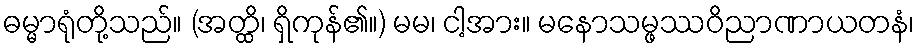
ဓမ္မာရုံတို့သည်။ (အတ္ထိ၊ ရှိကုန်၏။) မမ၊ ငါ့အား။ မနောသမ္ဖဿဝိညာဏာယတနံ၊